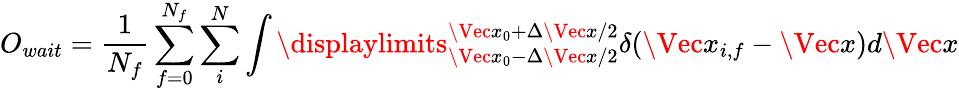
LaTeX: O_{wait}=\frac{1}{N_{f}}\sum_{f=0}^{N_{f}}\sum_{i}^{N}\int\displaylimits_{\Vec{x}_{0}-\Delta\Vec{x}/2}^{\Vec{x}_{0}+\Delta\Vec{x}/2}\delta(\Vec{x}_{i,f}-\Vec{x})d\Vec{x}